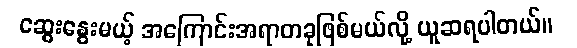
ဆွေးနွေးမယ့် အကြောင်းအရာတခုဖြစ်မယ်လို့ ယူဆရပါတယ်။